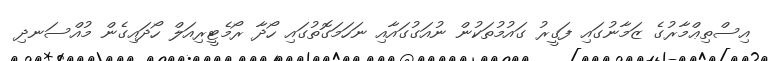
އިސްތިޢްމާރުގެ ޒަމާނުގައި ފަގީރު ގައުމުތަކުން ނުއަގުގައާއި ނަހަމަގޮތުގައި ހޯދާ ރޯމެޓީރިއަލް ހޯދައިގެން މުއްސަނދި